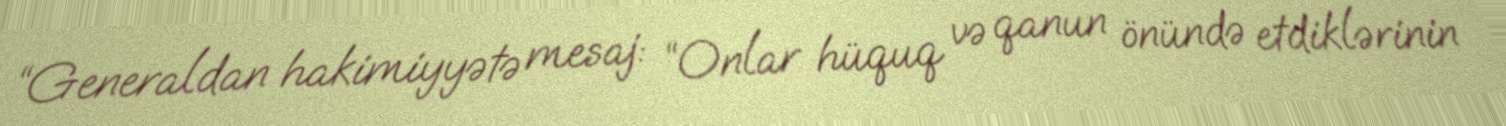
“Generaldan hakimiyyətə mesaj: “Onlar hüquq və qanun önündə etdiklərinin